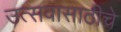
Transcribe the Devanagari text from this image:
उत्सवासाठीचे